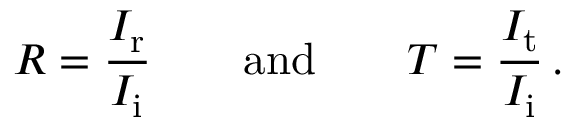
R = \frac { I _ { \mathrm { r } } } { I _ { \mathrm { i } } } \quad \quad \mathrm { a n d } \quad \quad T = \frac { I _ { \mathrm { t } } } { I _ { \mathrm { i } } } \, .